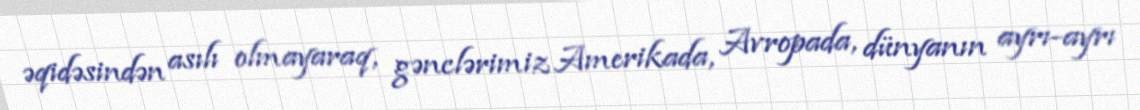
əqidəsindən asılı olmayaraq, gənclərimiz Amerikada, Avropada, dünyanın ayrı-ayrı